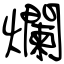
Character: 爛